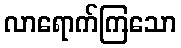
လာရောက်ကြသော